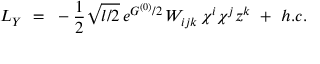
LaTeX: { \cal L } _ { Y } ~ = ~ - \frac { 1 } { 2 } \sqrt { l / 2 } \, e ^ { G ^ { ( 0 ) } / 2 } \, W _ { i j k } \, \chi ^ { i } \chi ^ { j } z ^ { k } ~ + ~ h . c .